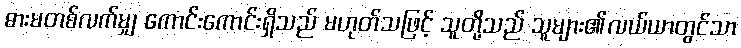
ဓားမတစ်လက်မျှ ကောင်းကောင်းရှိသည် မဟုတ်သဖြင့် သူတို့သည် သူများ၏လယ်ယာတွင်သာ